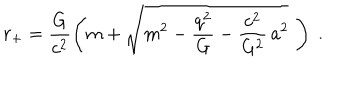
r _ { + } = \frac { G } { c ^ { 2 } } \left( m + \sqrt { m ^ { 2 } - \frac { q ^ { 2 } } { G } - \frac { c ^ { 2 } } { G ^ { 2 } } \, a ^ { 2 } } \, \, \right) \; .